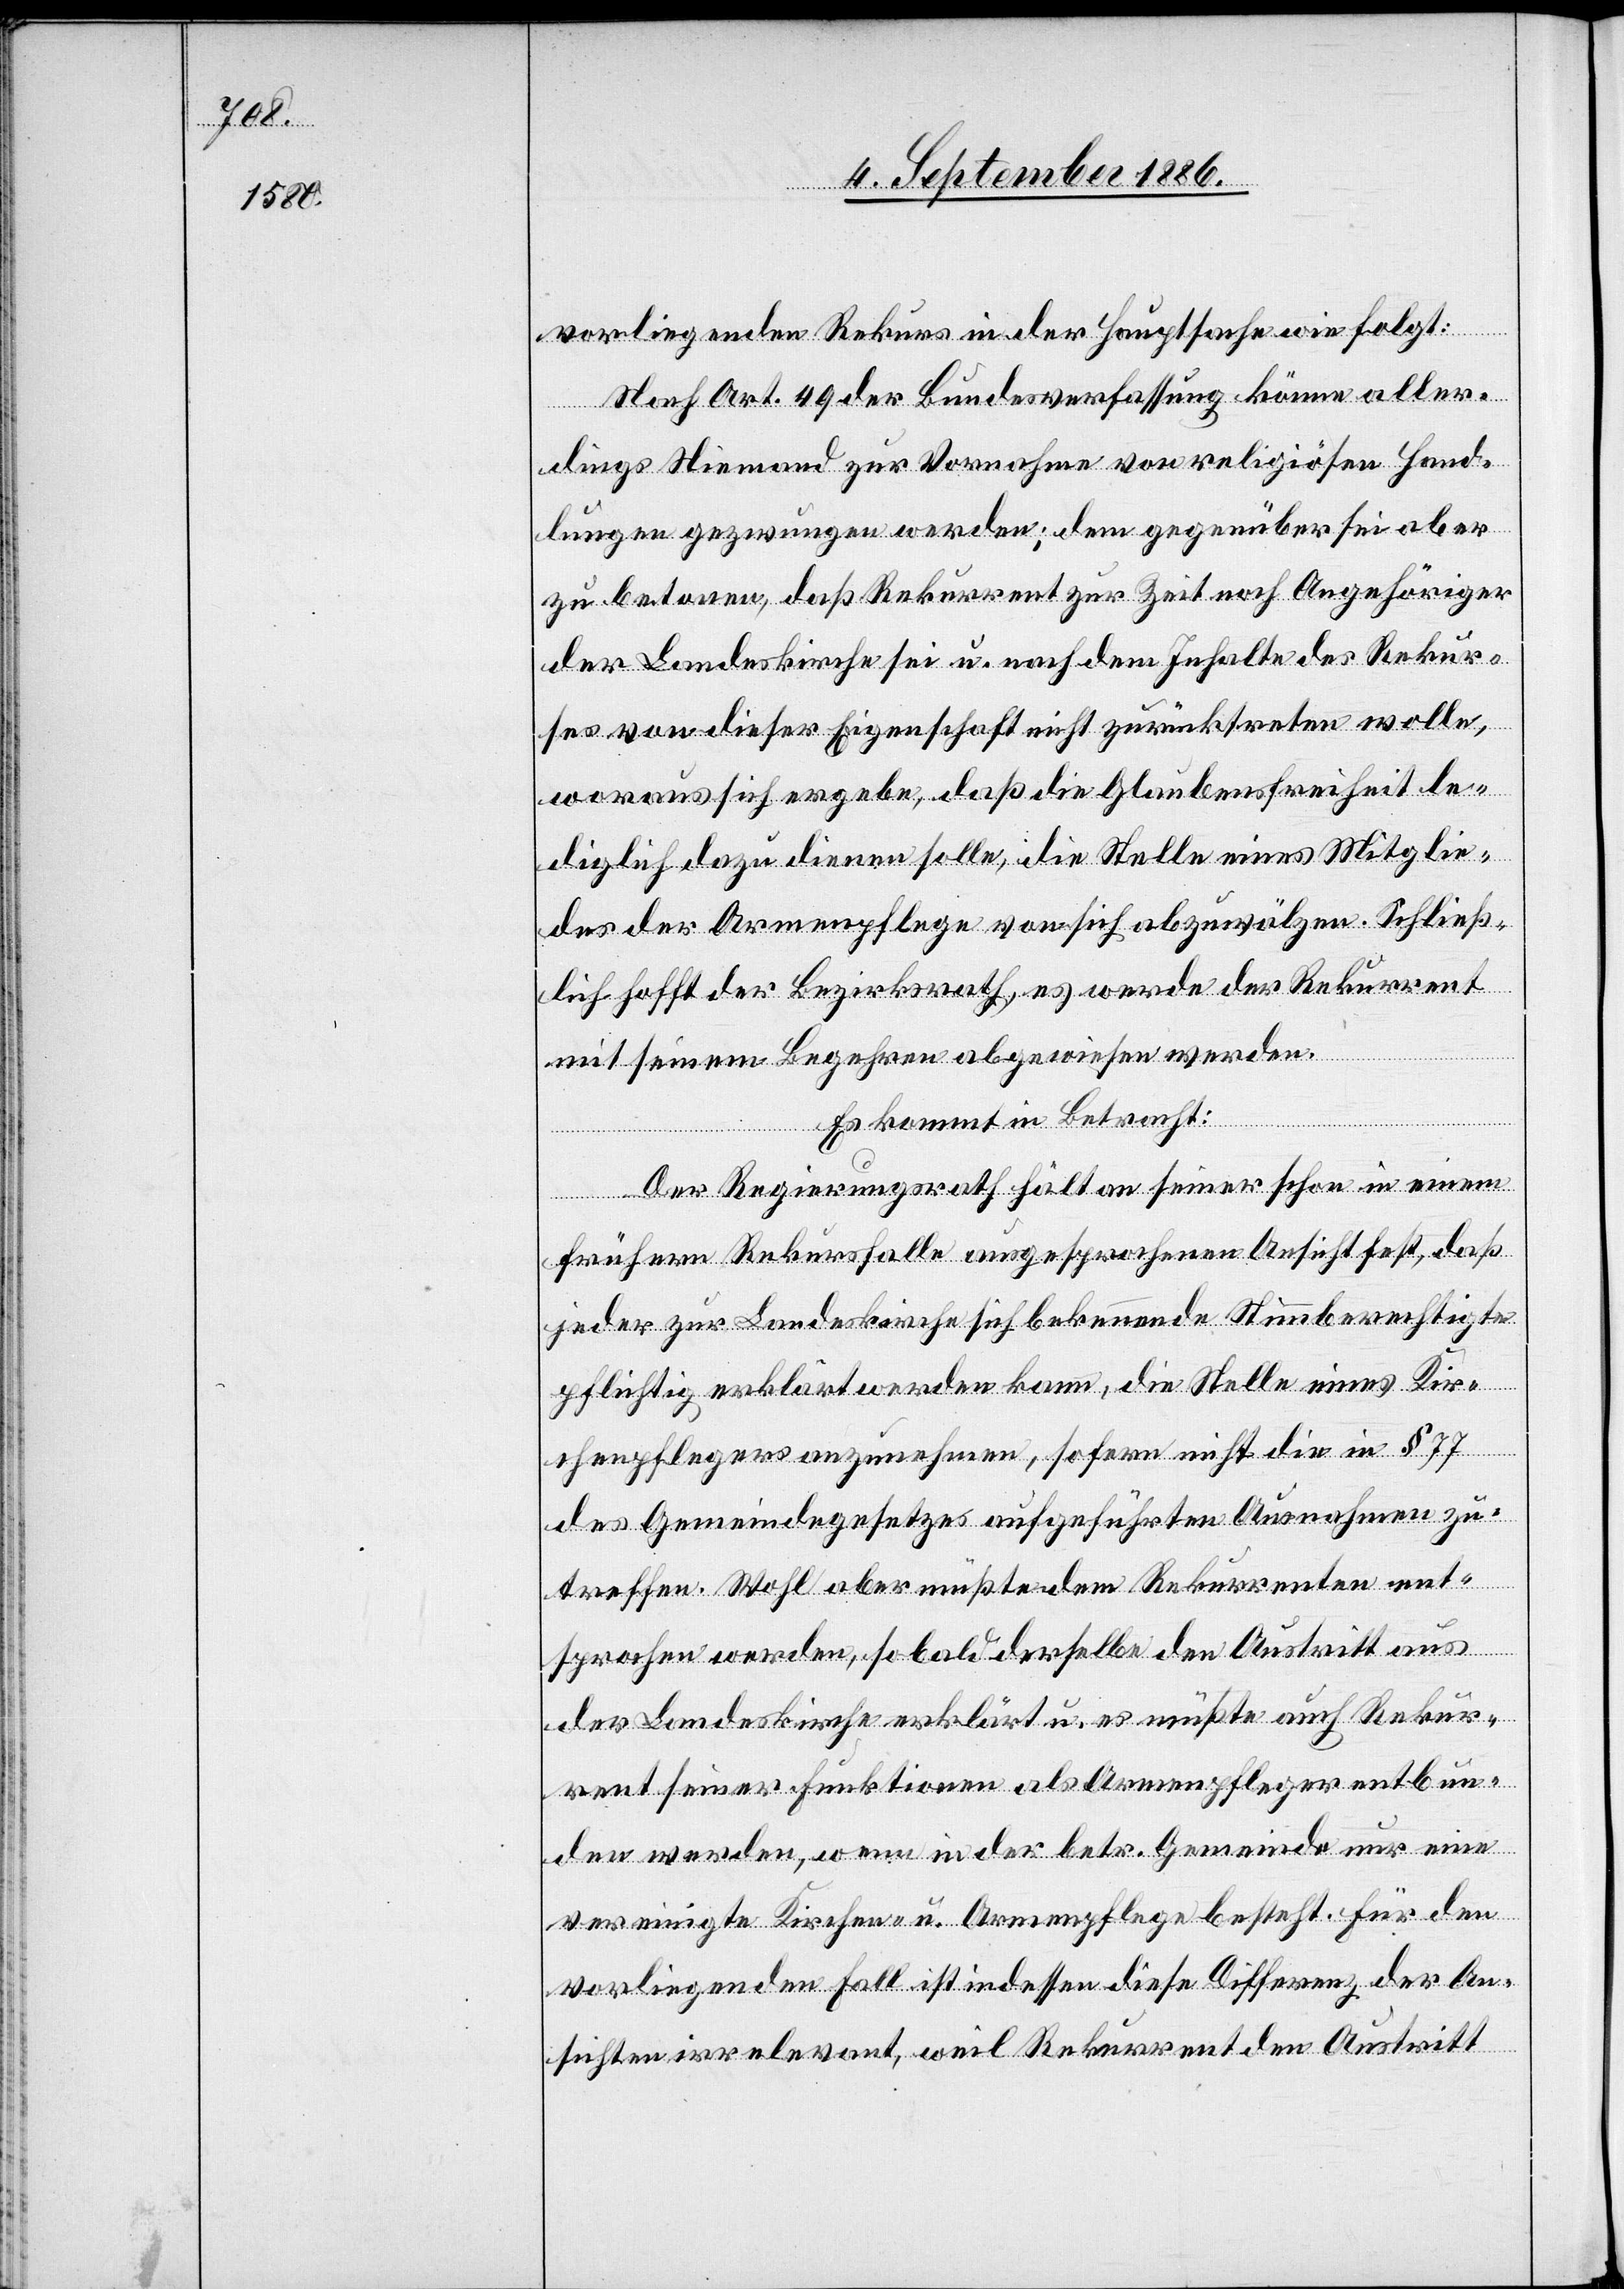
vorliegenden Rekurs in der Hauptsache wie folgt:
Nach Art. 49 der Bundesverfassung könne aller¬
dings niemand zur Vornahme von religiösen Hand¬
lungen gezwungen werden; dem gegenüber sei aber
zu betonen, daß Rekurrent zur Zeit noch Angehöriger
der Landeskirche sei u. nach dem Inhalte des Rekur¬
ses von dieser Eigenschaft nicht zurücktreten wolle,
woraus sich ergebe, daß die Glaubensfreiheit le¬
diglich dazu dienen solle, die Stelle eines Mitglie¬
des der Armenpflege von sich abzuwälzen. Schließ¬
lich hofft der Bezirksrath, es werde der Rekurrent
mit seinem Begehren abgewiesen werden:
Es kommt in Betracht:
Der Regierungsrath hält an seiner schon in einem
frühern Rekursfalle ausgesprochenen Ansicht fest, daß
jeder zur Landeskirche sich bekennende Stimmberechtigte
pflichtig erklärt werden kann, die Stelle eines Kir¬
chenpflegers anzunehmen, sofern nicht die in § 77
des Gemeindegesetzes aufgeführten Ausnahmen zu¬
treffen. Wohl aber müßte dem Rekurrenten ent¬
sprochen werden, sobald derselbe den Austritt aus
der Landeskirche erklärt u. es müßte auch Rekur¬
rent seiner Funktionen als Armenpfleger entbun¬
den werden, wenn in der betr. Gemeinde nur eine
vereinigte Kirchen- u. Armenpflege besteht. Für den
vorliegenden Fall ist indessen diese Differenz der An¬
sichten irrelevant, weil Rekurrent den Austritt